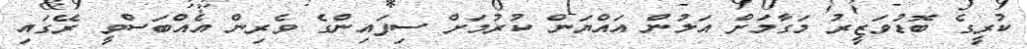
ކުރީގެ ބޮޑުވަޒީރު މަގާމަށް އަލުން އައްޔަން ކުރުމަށް ސިފައިންގެ ވެރިން އެއްބަސްވީ ރޭގައި